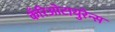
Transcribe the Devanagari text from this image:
कँरिओटायुरेन्स